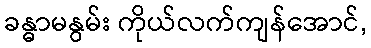
ခန္ဓာမနွမ်း ကိုယ်လက်ကျန်အောင်,